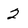
Character: 2